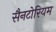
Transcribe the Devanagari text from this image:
सैनटोरियम